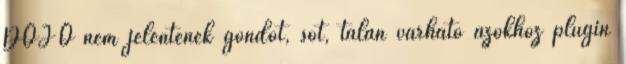
DOJO nem jelentenek gondot, sőt, talán várható azokhoz plugin